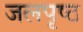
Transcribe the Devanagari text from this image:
जलपृष्ठ